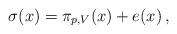
LaTeX: \begin{align*} \sigma(x)=\pi_{p,V}(x)+e(x)\, ,\end{align*}